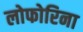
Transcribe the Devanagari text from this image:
लोफोरिना